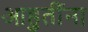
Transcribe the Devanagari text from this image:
आहुतींना